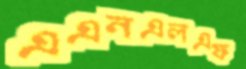
এএনএলএফ